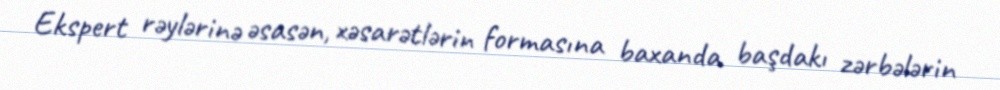
Ekspert rəylərinə əsasən, xəsarətlərin formasına baxanda başdakı zərbələrin